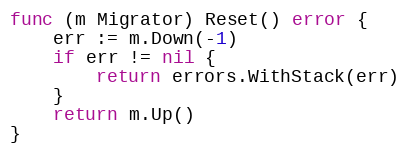
Language: Go
func (m Migrator) Reset() error {
	err := m.Down(-1)
	if err != nil {
		return errors.WithStack(err)
	}
	return m.Up()
}